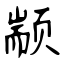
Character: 颛